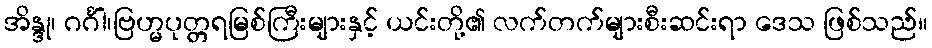
အိန္ဒု၊ ဂင်္ဂါ၊ဗြဟ္မပုတ္တရမြစ်ကြီးများနှင့် ယင်းတို့၏ လက်တက်များစီးဆင်းရာ ဒေသ ဖြစ်သည်။